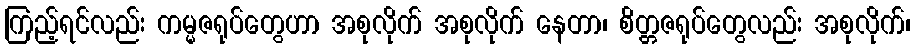
ကြည့်ရင်လည်း ကမ္မဇရုပ်တွေဟာ အစုလိုက် အစုလိုက် နေတာ၊ စိတ္တဇရုပ်တွေလည်း အစုလိုက်၊